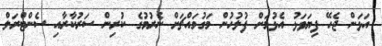
އަޅަން ޖެހޭ ފިޔަވަޅު އެޅުމަށް ފުލުހުން މަގުމައްޗަށް ނެރުމުގެ ކުރިން ސަރުކާރާއި ސެންޓްރަލް